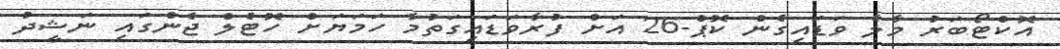
އޮކްޓޯބަރު މާލެ ވަޑައިގެން ކޮޕް-26 އަށް ފުރާވަޑައިގަތުމާ ހަމަޔަށް ހޮޓެލް ޖެންގައި ނަޝީދު